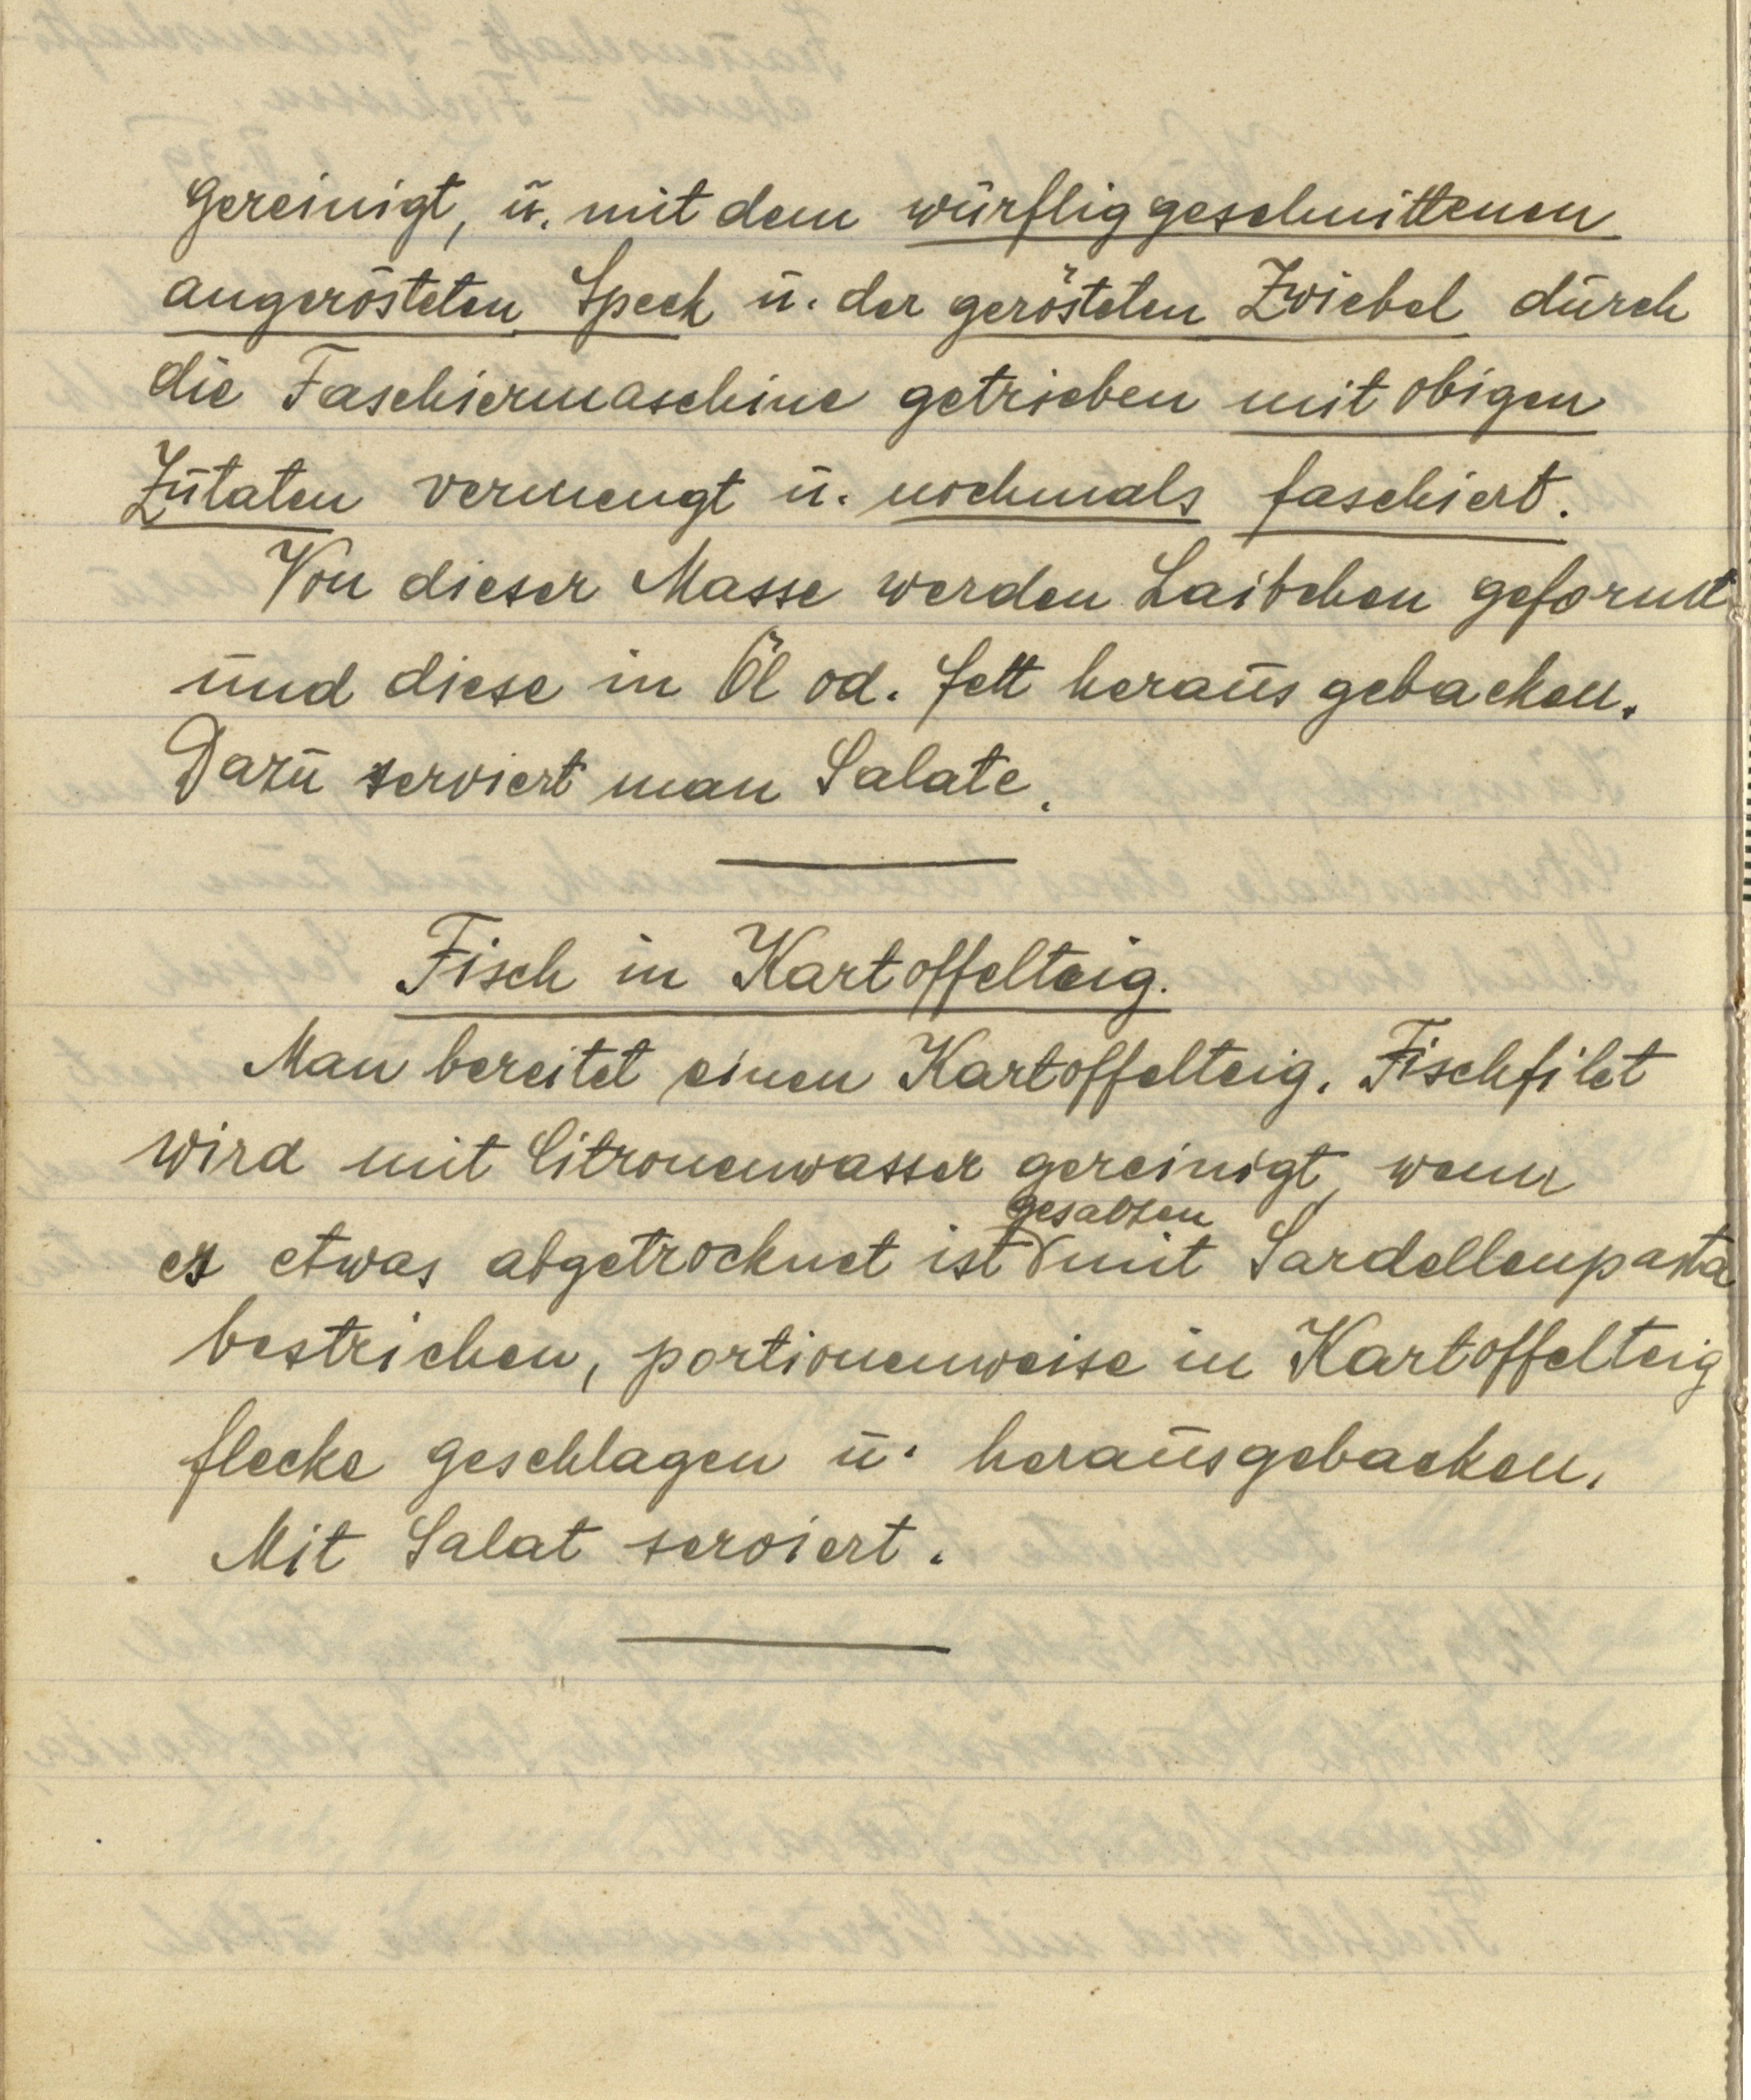
gereinigt, u. mit dem würflig geschnittenen
angerösteten Speck u. der gerösteten Zwiebel durch
die Faschiermaschine getrieben mit obigen
Zutaten vermengt u. nochmals faschiert.
Von dieser Masse werden Laibchen geformt
und diese in Öl od. Fett herausgebacken.
Dazu serviert man Salate.

Fisch in Kartoffelteig.
Man bereitet einen Kartoffelteig. Fischfilet
wird mit Citronenwasser gereinigt, wenn
es etwas abgetrocknet ist gesalzen mit Sardellenpasta
bestrichen, portionenweise in Kartoffelteig
flecke geschlagen u. herausgebacken.
Mit Salat serviert.